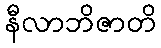
နီလာဘိဇာတိ